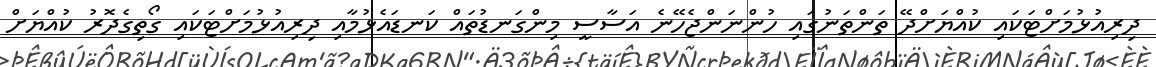
ދިރިއުޅުމަށްޓަކައި ކުއްޔަށްދޭ ތަންތަނުގައި ހުންނަންޖެހޭނެ އަސާސީ މިންގަނޑުތައް ކަނޑައެޅުމާއި ދިރިއުޅުމަށްޓަކައި ގޯތިގެދޮރު ކުއްޔަށް